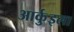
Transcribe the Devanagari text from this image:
आर्कुइला